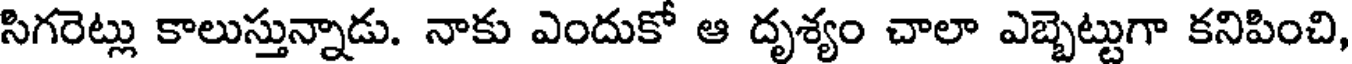
సిగరెట్లు కాలుస్తున్నాడు. నాకు ఎందుకో ఆ దృశ్యం చాలా ఎబ్బెట్టుగా కనిపించి,